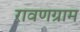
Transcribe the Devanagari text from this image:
रावणग्राम